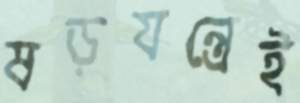
ষড়যন্ত্রেই